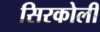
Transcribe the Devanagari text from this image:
सिरकोली